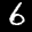
Label: 6